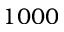
1 0 0 0